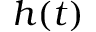
h ( t )